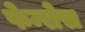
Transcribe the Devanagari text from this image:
फेन्सेस